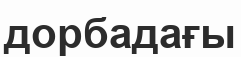
дорбадағы